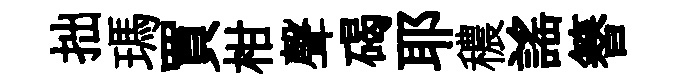
拙瑪買柑聲碣耶穠謡簮